Saare_Masina-traktorijaam, lk 2
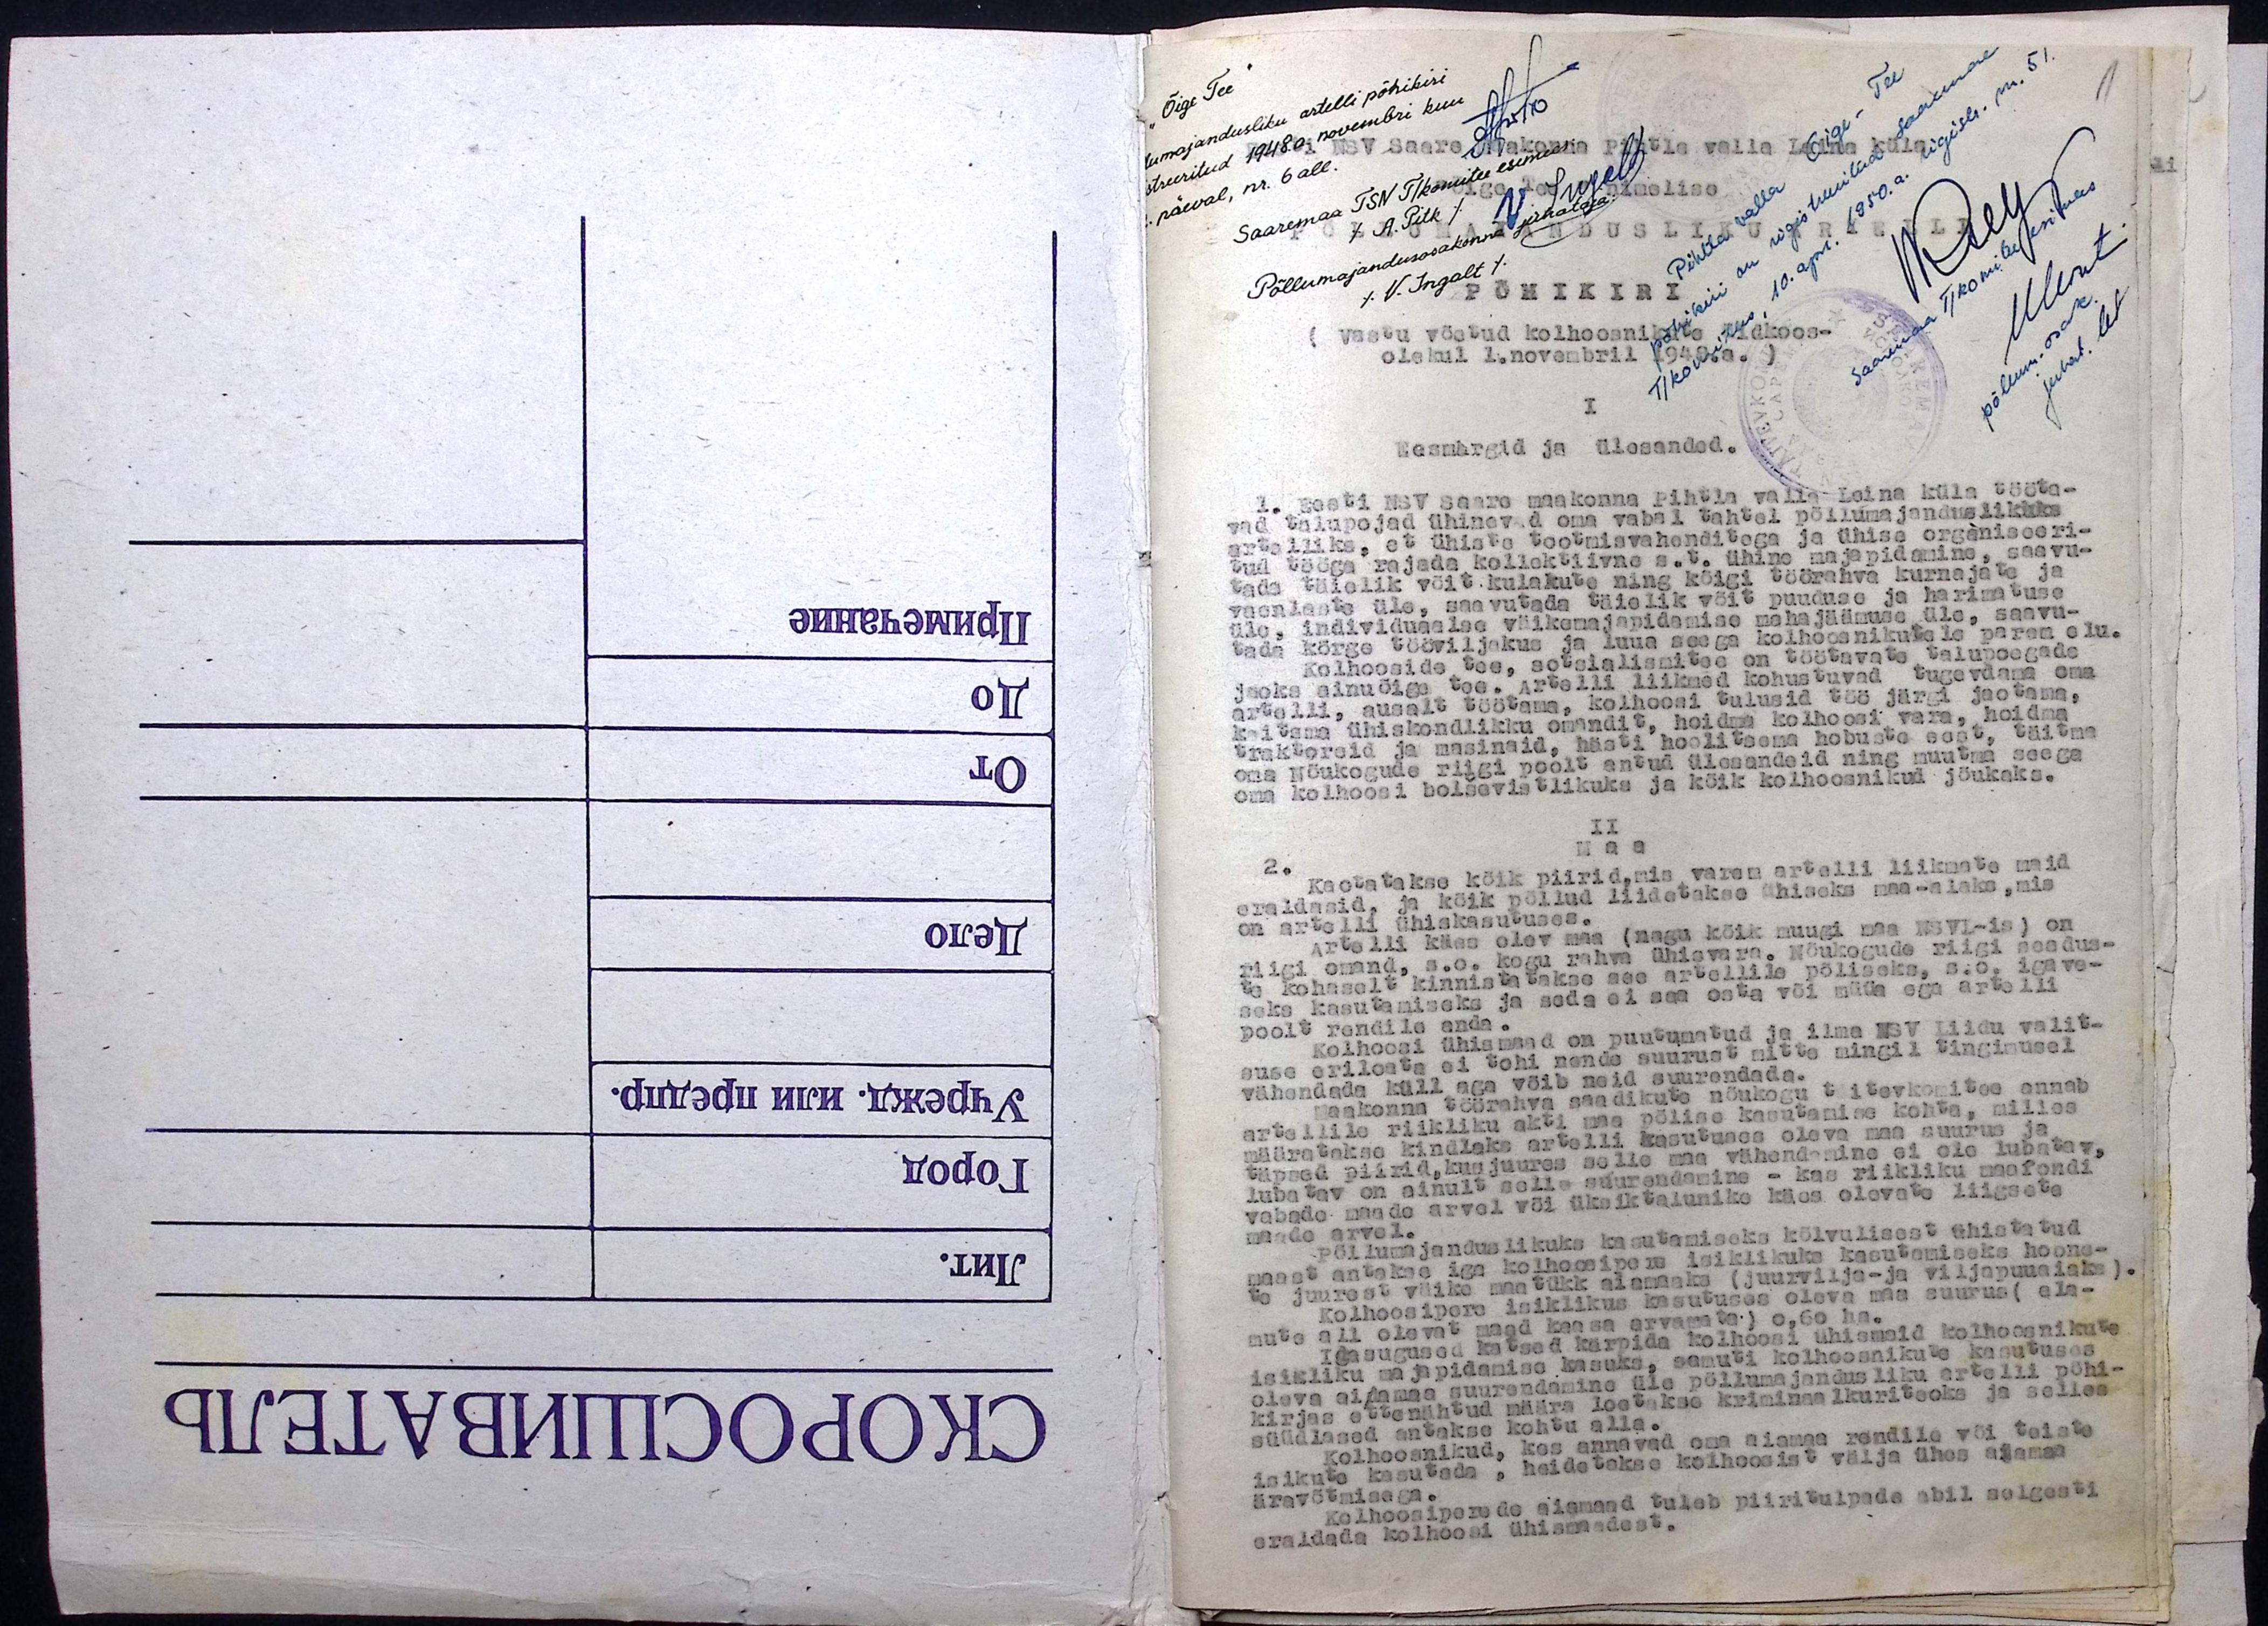
Õige Tee
lumajandusliku artelli põhikiri
stseeritud 1948.a novembri kuu
päeval, nr. 6 all
Saaremaa TSN T/komitee esimees
A. Pitk
Põllumajandusosakonna juhataja
V. Ingelt

Eesti NSV Saare maakonna Pihtla valla Leina küla
Õige Tee nimelise
PÕLLUMAJANDUSLIKU ARTELLI
PÕHIKIRI
(vastu võetud kolhoosnike üldkoos-
olekul 1.novembril 1949.a

Pihtla valla Õige-Tee
põhikiri on registreeritud Saaremaa
T/komitees, 10.apr. 1950.a sügisel nr. 51

Eesmärgid ja ülesanded.
1. Eesti NSV saare maakonna Pihtla valla Leina küla tööta-
vad talupojad ühinevad oma vabal tahtel põllumajanduslikuks
artelliks, et ühiste tootmisvahenditega ja ühise organiseeri-
tud tööga rajada kollektiivne s.t. ühine majapidamine, saavu-
tada täielik võit kulakute ning kõigi töörahva kurnajate ja
vaenlaste üle, saavutada täielik võit puuduse ja harimatuse
üle. individuaalse väikemajapidamise mahajäämuse üle, saavu-
tada kõrge tööviljakus ja luua seega kolhoosnikudele parem elu.
Kolhooside tee, sotsialismitee on töötavate talupoegade
jaoks ainuõige tee. Artelli liikmed kohustuvad tugevdama oma
artelli, ausalt töötama, kolhoosi tulusid töö järgi jaotama.
kaitsma ühiskondlikku omandid, hoidma kolhoosi vara, hoidma
traktoreid ja masinaid, hästi hoolitsema hobuste eest, täitma
oma nõukogude riigi poolt antud ülesandeid ning muutma seega
oma kolhoosi bolsevistlikuks ja kõik kolhoosnikud jõukaks.
II
Maa
2. kaotatakse kõik piirid,mis varem artelli liikmete maid
eraldasid, ja kõik põllud liidetakse ühiseks maa-alaks, mis
on artelli ühiskasutuses.
Artelli käes olev maa (nagu kõik muugi maa NSVL-is) on
riigi omand, s.o. kogu rahva ühisvara. Nõukogude riigi seadus-
te kohaselt kinnistatakse see artellile põliseks s.o. igave-
seks kasutamiseks ja seda ei saa osta või müüa ega artelli
poolt rendile anda.
Kolhoosi ühismaad on puutumatud ja ilma NSV Liidu valit-
suse eriloata ei tohi nende suurust mitte mingil tingimusel
vähendada küll aga võib neid suurendada.
Maakonna töörahva saadikute nõukogu täitevkomitee annab
artellile riikliku akti maa põlise kasutamise kohta, milles
määratakse kindlaks artelli kasutuses oleva maa suurus ja
täpsed piirid, kusjuures selle maa vähendamine ei ole lubatav.
lubatav on ainult selle suurendamine - kas riikliku maafondi
vabade maade arvel või üksiktalunike käes olevate liigsete
maade arvel.
Põllumajanduslikuks kasutamiseks kõlvulisest ühistatud
maast antakse iga kolhoosipere isiklikuks kasutamiseks hoone-
te juurest väike maatükk aiamaaks (juurvilja- ja viijapuuaiaks)
Kolhoosipere isiklikus kasutuses oleva maa suurus (ela-
mute all olevat maad kaasa arvamata) 0,60 ha.
Igasugused katsed kärpida kolhoosi ühismaid kolhoosnikute
isikliku majapidamise kasuks, samuti kolhoosnikute kasutuses
oleva aidamaa suurendamine üle põllumajandusliku artelli põhi-
kirjas ettenähtud määra loetakse kriminaalkuriteoks ja selles
süüdlased antakse kohtu alla.
Kolhoosnikud, kes annavad oma aiamaa rendile või teiste
isikute kasutada, heidetakse kolhoosist välja ühes aiamaa
äravõtmisega.
Kolhoosiperede aiamaad tuleb piiritulpade abil selgesti
eraldada kolhoosi ühismaadest.